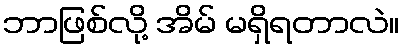
ဘာဖြစ်လို့ အိမ် မရှိရတာလဲ။